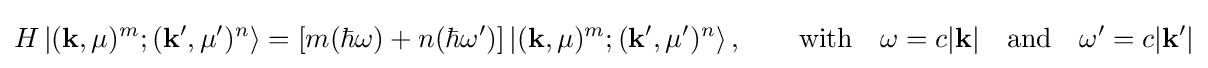
H\left|(\mathbf {k} ,\mu )^{m};(\mathbf {k} ',\mu ')^{n}\right\rangle =\left[m(\hbar \omega )+n(\hbar \omega ')\right]\left|(\mathbf {k} ,\mu )^{m};(\mathbf {k} ',\mu ')^{n}\right\rangle ,\qquad {\text{with}}\quad \omega =c|\mathbf {k} |\quad {\hbox{and}}\quad \omega '=c|\mathbf {k} '|